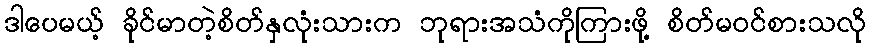
ဒါပေမယ့် ခိုင်မာတဲ့စိတ်နှလုံးသားက ဘုရားအသံကိုကြားဖို့ စိတ်မဝင်စားသလို